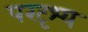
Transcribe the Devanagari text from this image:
परदृश्य